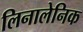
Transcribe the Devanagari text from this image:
लिनालेनिक